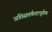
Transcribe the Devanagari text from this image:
अतिसतर्कतापूर्वक